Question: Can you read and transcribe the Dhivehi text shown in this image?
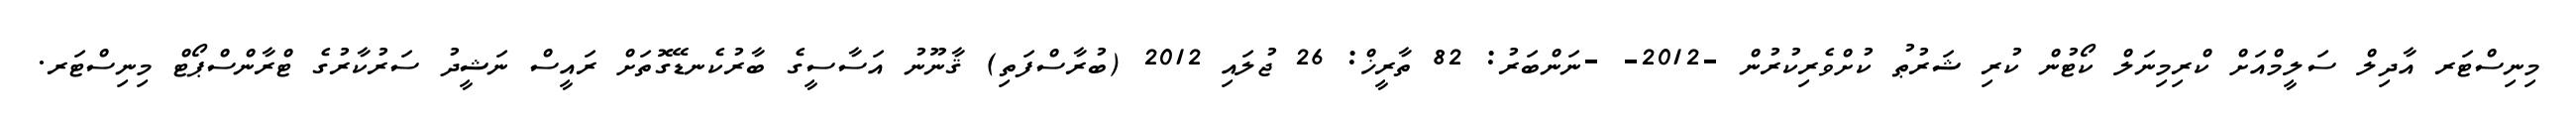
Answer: މިނިސްޓަރ އާދިލް ސަލީމްއަށް ކްރިމިނަލް ކޯޓުން ކުރި ޝަރުޠު ކުށްވެރިކުރުން -2012- -ނަންބަރު: 82 ތާރީޚް: 26 ޖުލައި 2012 (ބުރާސްފަތި) ޤާނޫނު އަސާސީގެ ބާރުކެނޑޭގޮތަށް ރައީސް ނަޝީދު ސަރުކާރުގެ ޓްރާންސްޕޯޓް މިނިސްޓަރ.